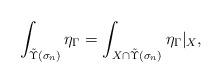
LaTeX: \begin{align*}\int_{\tilde\Upsilon(\sigma_n)} \eta_\Gamma = \int_{X \cap \tilde\Upsilon(\sigma_n)} \eta_\Gamma |_X ,\end{align*}